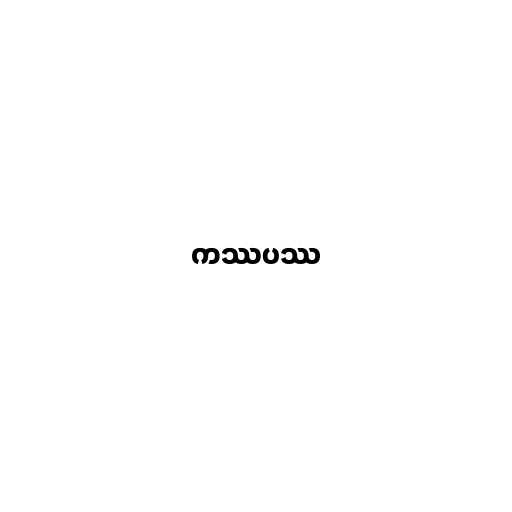
ကဿပဿ